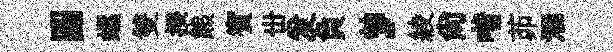
圆螺雙揆熊賓丗发負，綾尙喈茆酒